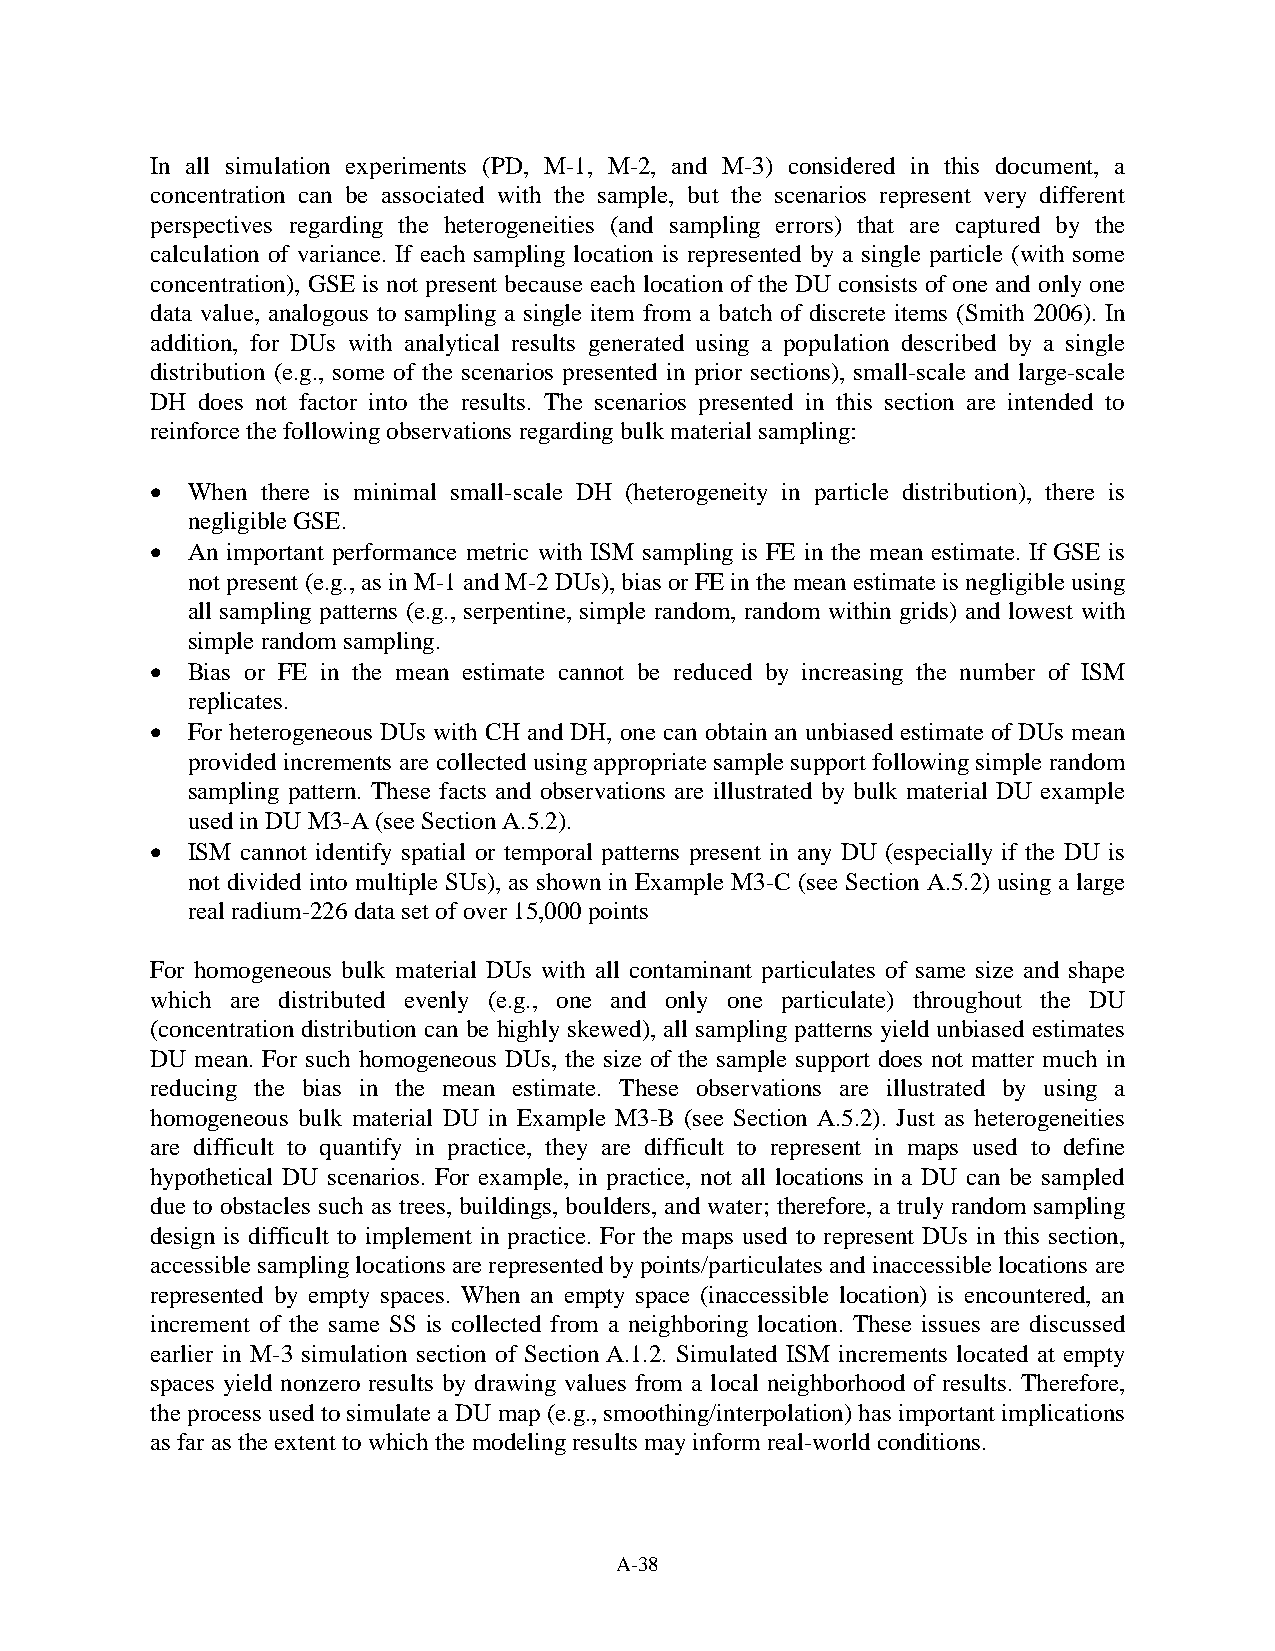
In all simulation experiments (PD, M-1, M-2, and M-3) considered in this document, a
 concentration can be associated with the sample, but the scenarios represent very different
 perspectives regarding the heterogeneities (and sampling errors) that are captured by the
 calculation of variance. If each sampling location is represented by a single particle (with some
 concentration), GSE is not present because each location of the DU consists of one and only one
 data value, analogous to sampling a single item from a batch of discrete items (Smith 2006). In
 addition, for DUs with analytical results generated using a population described by a single
 distribution (e.g., some of the scenarios presented in prior sections), small-scale and large-scale
 DH does not factor into the results. The scenarios presented in this section are intended to
 reinforce the following observations regarding bulk material sampling:
 • When there is minimal small-scale DH (heterogeneity in particle distribution), there is
 negligible GSE.
 • An important performance metric with ISM sampling is FE in the mean estimate. If GSE is
 not present (e.g., as in M-1 and M-2 DUs), bias or FE in the mean estimate is negligible using
 all sampling patterns (e.g., serpentine, simple random, random within grids) and lowest with
 simple random sampling.
 • Bias or FE in the mean estimate cannot be reduced by increasing the number of ISM
 replicates.
 • For heterogeneous DUs with CH and DH, one can obtain an unbiased estimate of DUs mean
 provided increments are collected using appropriate sample support following simple random
 sampling pattern. These facts and observations are illustrated by bulk material DU example
 used in DU M3-A (see Section A.5.2).
 • ISM cannot identify spatial or temporal patterns present in any DU (especially if the DU is
 not divided into multiple SUs), as shown in Example M3-C (see Section A.5.2) using a large
 real radium-226 data set of over 15,000 points
 For homogeneous bulk material DUs with all contaminant particulates of same size and shape
 which are distributed evenly (e.g., one and only one particulate) throughout the DU
 (concentration distribution can be highly skewed), all sampling patterns yield unbiased estimates
 DU mean. For such homogeneous DUs, the size of the sample support does not matter much in
 reducing the bias in the mean estimate. These observations are illustrated by using a
 homogeneous bulk material DU in Example M3-B (see Section A.5.2). Just as heterogeneities
 are difficult to quantify in practice, they are difficult to represent in maps used to define
 hypothetical DU scenarios. For example, in practice, not all locations in a DU can be sampled
 due to obstacles such as trees, buildings, boulders, and water; therefore, a truly random sampling
 design is difficult to implement in practice. For the maps used to represent DUs in this section,
 accessible sampling locations are represented by points/particulates and inaccessible locations are
 represented by empty spaces. When an empty space (inaccessible location) is encountered, an
 increment of the same SS is collected from a neighboring location. These issues are discussed
 earlier in M-3 simulation section of Section A.1.2. Simulated ISM increments located at empty
 spaces yield nonzero results by drawing values from a local neighborhood of results. Therefore,
 the process used to simulate a DU map (e.g., smoothing/interpolation) has important implications
 as far as the extent to which the modeling results may inform real-world conditions.
 A-38